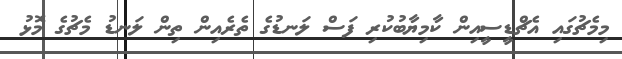
މިމެޗުގައި އެޗްޑީސީއިން ކާމިޔާބުކުރި ފަސް ލަނޑުގެ ތެރެއިން ތިން ލަނޑު މެޗުގެ މޮޅު